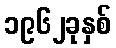
၁၉၆၂ခုနှစ်